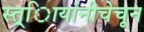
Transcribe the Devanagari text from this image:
स्त्र्िायांनीचेचून